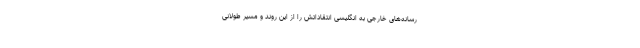
رسانه‌های خارجی به انگلیسی انتقاداتش را از این روند و مسیر طولانی